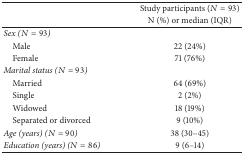
<table><thead><tr><td><b> </b></td><td><b>Study participants (<i>N</i> = 93)</b></td></tr><tr><td><b> </b></td><td><b>N (%) or median (IQR)</b></td></tr></thead><tbody><tr><td><i>Sex (N</i> = 93)</td><td> </td></tr><tr><td> Male</td><td>22 (24%)</td></tr><tr><td> Female</td><td>71 (76%)</td></tr><tr><td><i>Marital status (N</i> = 93)</td><td> </td></tr><tr><td> Married</td><td>64 (69%)</td></tr><tr><td> Single</td><td>2 (2%)</td></tr><tr><td> Widowed</td><td>18 (19%)</td></tr><tr><td> Separated or divorced</td><td>9 (10%)</td></tr><tr><td><i>Age (years) (N</i> = 90)</td><td>38 (30–45)</td></tr><tr><td><i>Education (years) (N</i> = 86)</td><td>9 (6–14)</td></tr></tbody></table>